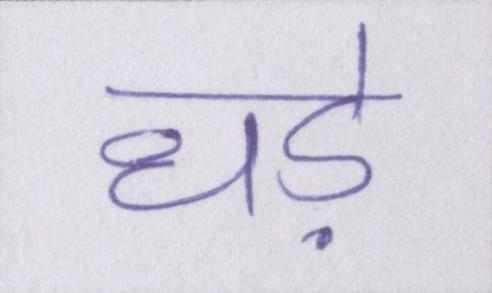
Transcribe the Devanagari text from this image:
धड़े